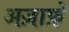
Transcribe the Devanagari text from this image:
अज़ाफ़े